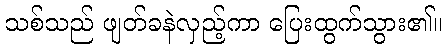
သစ်သည် ဖျတ်ခနဲလှည့်ကာ ပြေးထွက်သွား၏။